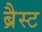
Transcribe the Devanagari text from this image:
ब्रैस्ट